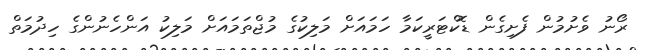
ރޯނު ވެށުމުން ފެށިގެން ޑޮކްޓަރީކަމާ ހަމައަށް މަލިކުގެ މުޖްތަމައަށް މަލިކު އަންހެނުންގެ ހިދުމަތް